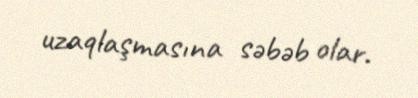
uzaqlaşmasına səbəb olar.